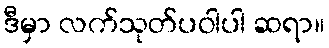
ဒီမှာ လက်သုတ်ပဝါပါ ဆရာ။